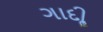
ગાદીૢ